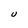
Character: U